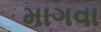
માગવા